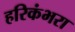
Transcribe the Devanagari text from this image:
हरिकंभरा